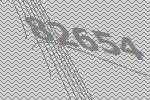
82654